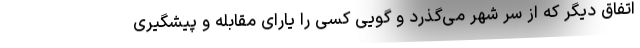
اتفاق دیگر که از سر شهر می‌گذرد و گویی کسی را یارای مقابله و پیشگیری